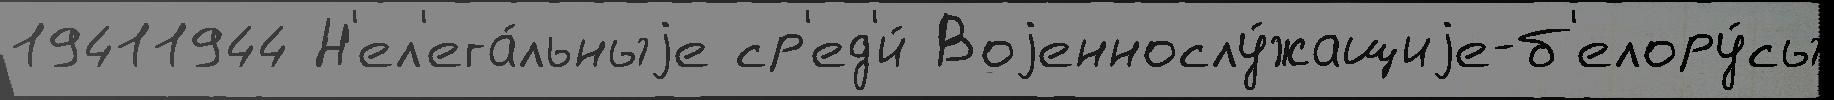
19411944 Н'ел'ега́льныjе ср'ед'и́ Воjеннослу́жащиjе-б'елору́сы